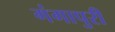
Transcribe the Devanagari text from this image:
गंगापुरी